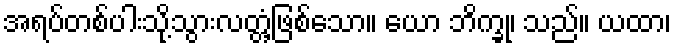
အရပ်တစ်ပါးသို့သွားလတ္တံ့ဖြစ်သော။ ယော ဘိက္ခု၊ သည်။ ယထာ၊